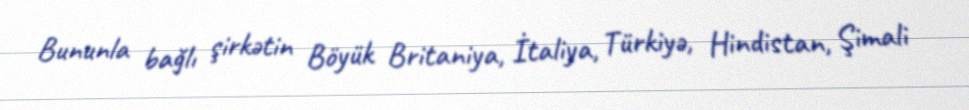
Bununla bağlı şirkətin Böyük Britaniya, İtaliya, Türkiyə, Hindistan, Şimali